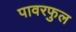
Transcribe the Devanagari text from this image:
पावरफुल